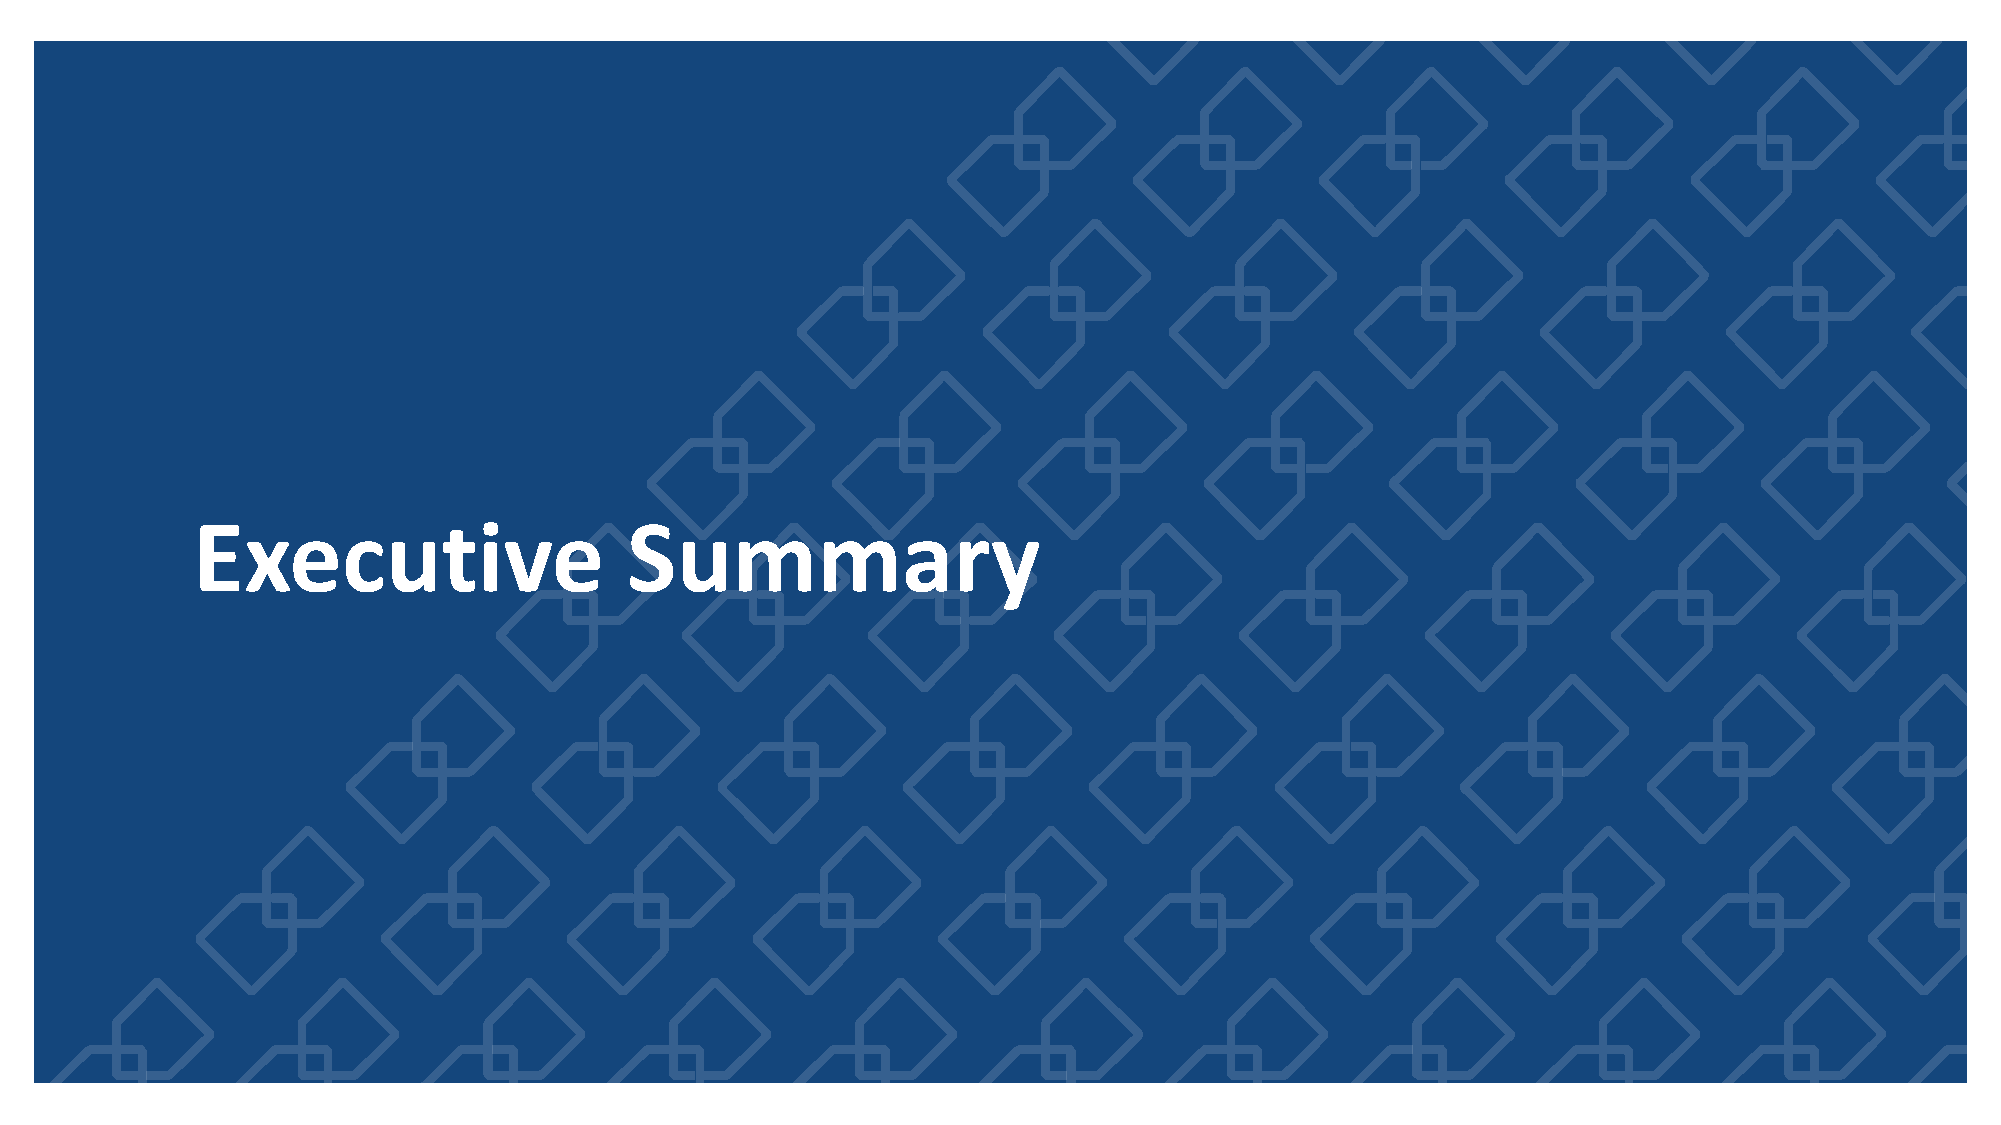
Executive                   Summary